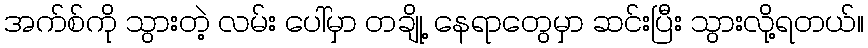
အက်စ်ကို သွားတဲ့ လမ်း ပေါ်မှာ တချို့ နေရာတွေမှာ ဆင်းပြီး သွားလို့ရတယ်။